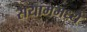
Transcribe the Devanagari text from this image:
सयाममध्ये